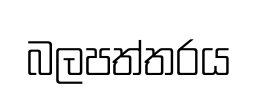
බලපත්තරය